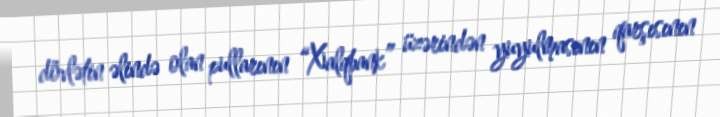
dövlətin əlində olan pullarının “Xalqbank” üzərindən yuyulmasının qarşısının